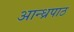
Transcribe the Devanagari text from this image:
आन्ध्रपाठ